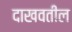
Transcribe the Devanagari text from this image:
दाखवतील